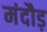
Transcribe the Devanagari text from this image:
मंदौड़